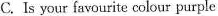
C. Is your favourite colour purple